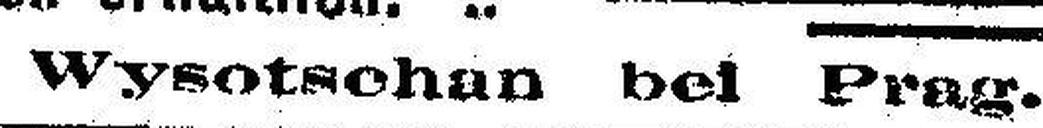
Wysotschan bei Prag.